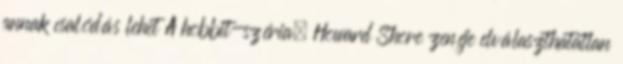
annak csalódás lehet A hobbit-széria. Howard Shore zenéje elválaszthatatlan